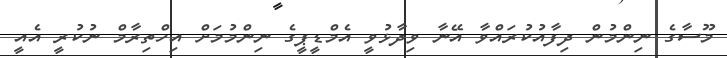
މޫސާގެ ނިންމުން ދިފާއުކުރައްވާ އޭނާ ވިދާޅުވީ އެމްޑީޕީގެ ނިންމުމަށް އިހްތިރާމް ނުކުރީ އެއީ